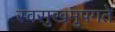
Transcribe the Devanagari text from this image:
स्वसुखमुपगते